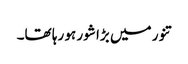
تنور میں بڑا شور ہو رہا تھا۔